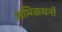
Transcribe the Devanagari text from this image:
अभिकथनों